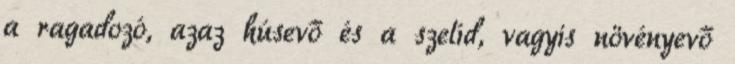
a ragadozó, azaz húsevő és a szelíd, vagyis növényevő